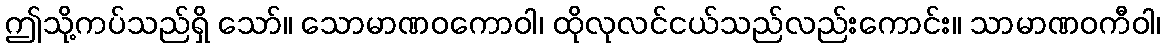
ဤသို့ကပ်သည်ရှိ သော်။ သောမာဏဝကောဝါ၊ ထိုလုလင်ငယ်သည်လည်းကောင်း။ သာမာဏဝကီဝါ၊